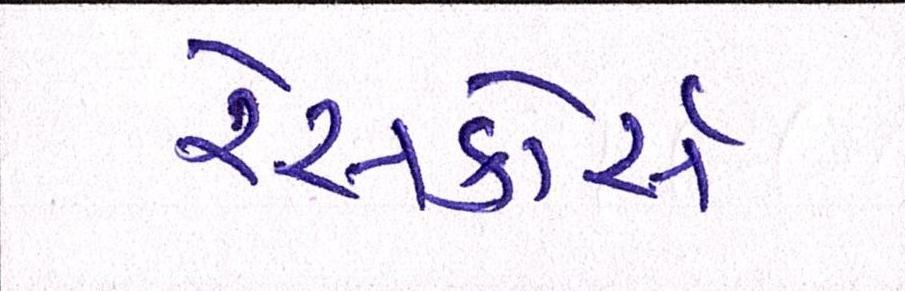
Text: રેસકોર્સ